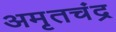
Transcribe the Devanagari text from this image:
अमृतचंद्र